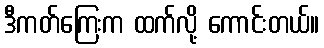
ဒီကတ်ကြေးက ထက်လို့ ကောင်းတယ်။